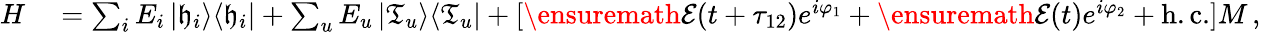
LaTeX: \begin{array}{rl}{H}&{{}=\sum_{i}E_{i}\left|\mathfrak{h}_{i}\right>\! \left<\mathfrak{h}_{i}\right|+\sum_{u}E_{u}\left|\mathfrak{T}_{u}\right>\! \left<\mathfrak{T}_{u}\right|+[\ensuremath{{\cal E}}(t+\tau_{12})e^{i\varphi_{1}}+\ensuremath{{\cal E}}(t)e^{i\varphi_{2}}+\mathrm{h.c.}]M\, ,}\end{array}